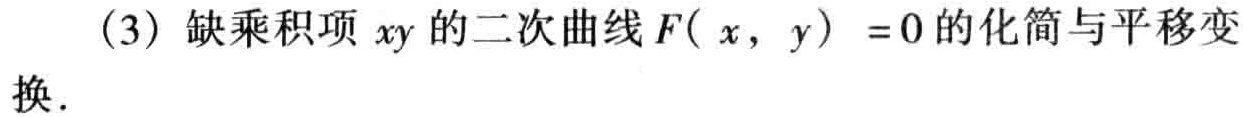
(3) 缺乘积项 \(xy\) 的二次曲线 \(F(x,y)=0\) 的化简与平移变换.